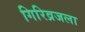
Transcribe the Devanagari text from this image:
गिरिव्रजला